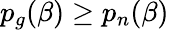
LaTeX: p_{g}(\beta)\geq p_{n}(\beta)